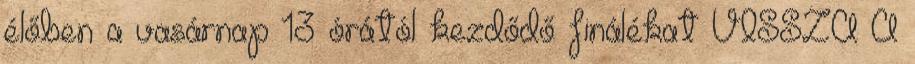
élőben a vasárnap 13 órától kezdődő finálékat VISSZA A